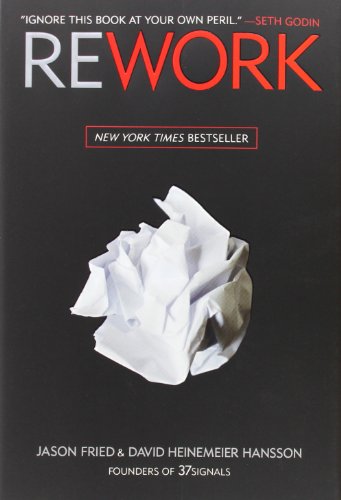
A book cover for Rework; Jason Fried; Self-Help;